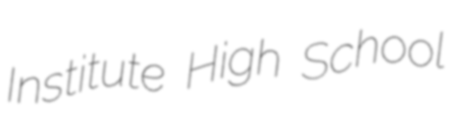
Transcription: Institute High School